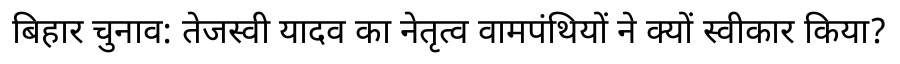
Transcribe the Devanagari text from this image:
बिहार चुनाव: तेजस्वी यादव का नेतृत्व वामपंथियों ने क्यों स्वीकार किया?